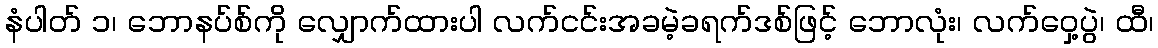
နံပါတ် ၁၊ ဘောနပ်စ်ကို လျှောက်ထားပါ လက်ငင်းအခမဲ့ခရက်ဒစ်ဖြင့် ဘောလုံး၊ လက်ဝှေ့ပွဲ၊ ထီ၊